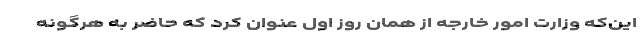
این‌که وزارت امور خارجه از همان روز اول عنوان کرد که حاضر به هرگونه